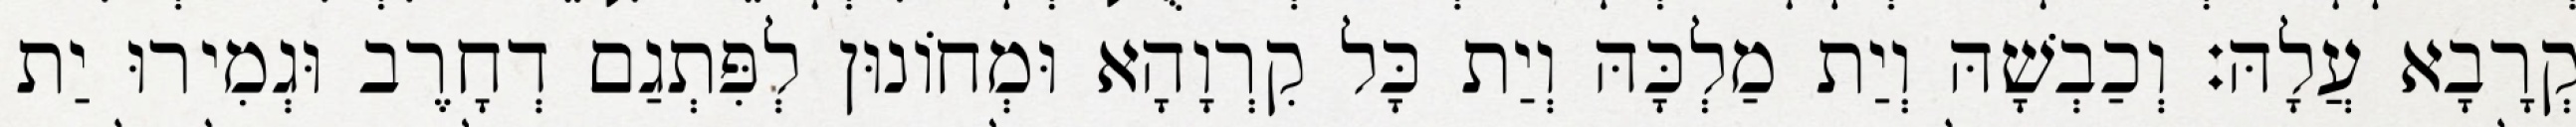
קְרָבָא עֲלָהּ׃ וְכַבְשָׁהּ וְיַת מַלְכָּהּ וְיַת כָּל קִרְוָהָא וּמְחוֹנוּן לְפִּתְגַם דְחָרֶב וּגְמִירוּ יַת